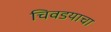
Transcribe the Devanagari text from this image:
चिवडयाचा